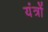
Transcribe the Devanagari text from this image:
यंंत्रों